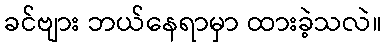
ခင်ဗျား ဘယ်နေရာမှာ ထားခဲ့သလဲ။